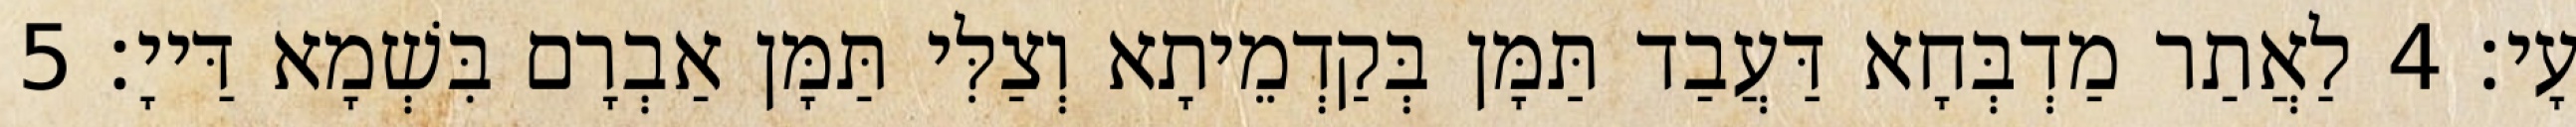
עָי׃ 4 לַאֲתַר מַדְבְּחָא דַּעֲבַד תַּמָּן בְּקַדְמֵיתָא וְצַלִּי תַּמָּן אַבְרָם בִּשְׁמָא דַּייָ׃ 5